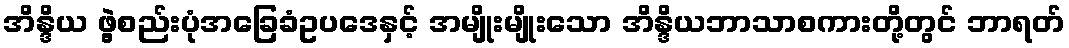
အိန္ဒိယ ဖွဲ့စည်းပုံအခြေခံဥပဒေနှင့် အမျိုးမျိုးသော အိန္ဒိယဘာသာစကားတို့တွင် ဘာရတ်